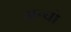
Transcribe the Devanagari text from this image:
अन्थ्रो